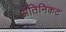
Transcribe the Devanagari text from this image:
अतिनिकट